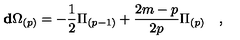
\mathbf { d } \Omega _ { ( p ) } = - { \frac { 1 } { 2 } } \Pi _ { ( p - 1 ) } + { \frac { 2 m - p } { 2 p } } \Pi _ { ( p ) } \quad ,